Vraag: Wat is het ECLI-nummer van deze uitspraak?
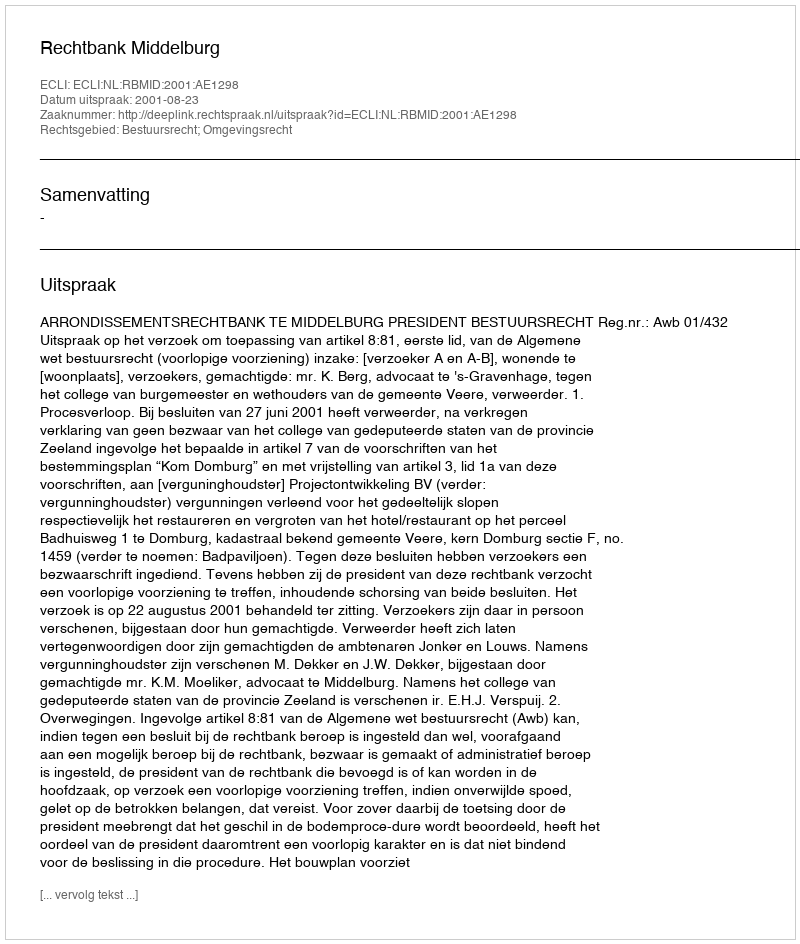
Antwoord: ECLI:NL:RBMID:2001:AE1298